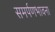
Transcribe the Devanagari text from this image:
समर्पणभावना